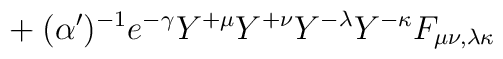
{}+ (\alpha')^{-1} e^{-\gamma}Y^{+\mu}Y^{+\nu}Y^{-\lambda}Y^{-\kappa} F_{\mu\nu,\lambda\kappa}